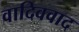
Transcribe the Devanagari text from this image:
वादिववाद